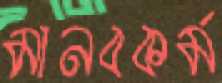
মানবকর্ম